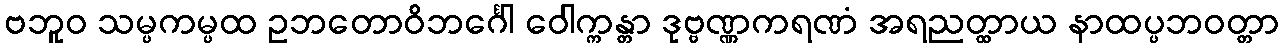
ဗဘူဝ သမ္ပကမ္ပထ ဥဘတောဝိဘင်္ဂေါ ဝေါက္ကန္တာ ဒုဗ္ဗဏ္ဏကရဏံ အရညတ္ထာယ နာထပ္ပဘဝတ္တာ